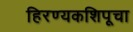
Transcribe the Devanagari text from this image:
हिरण्यकशिपूचा